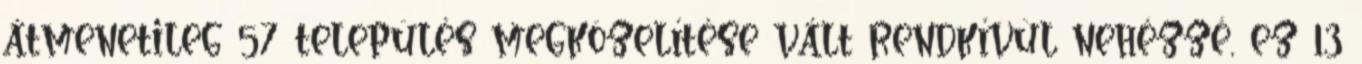
átmenetileg 57 település megközelítése vált rendkívül nehézzé, ez 13